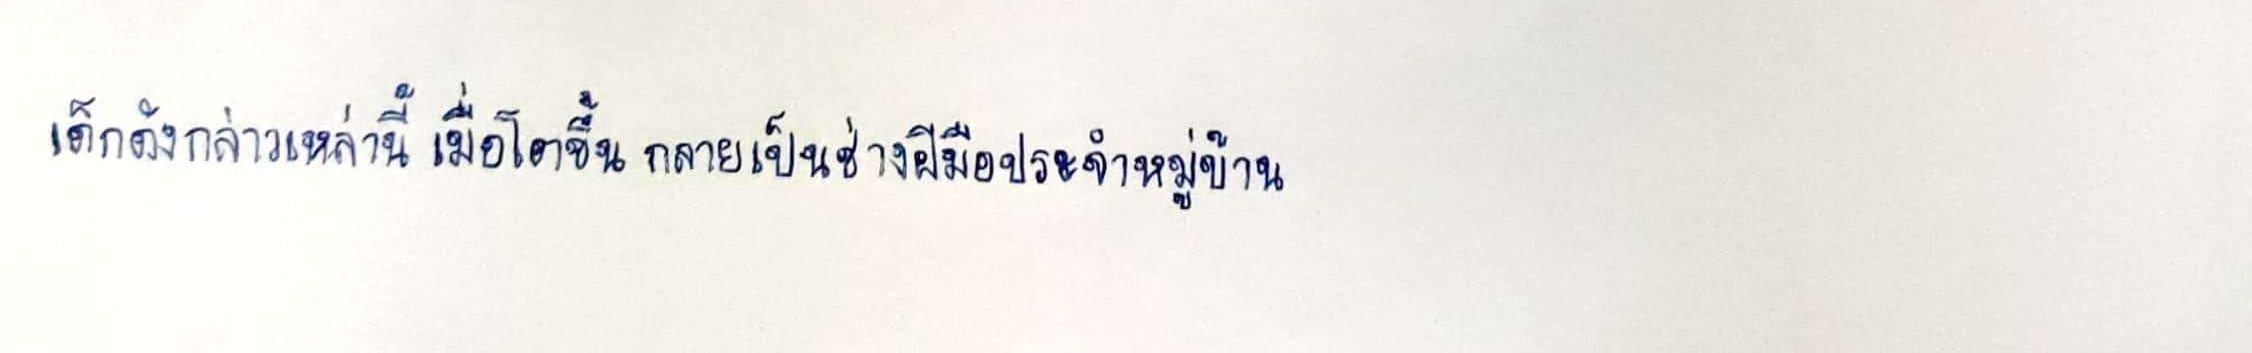
เด็กดังกล่าวเหล่านี้เมื่อโตขึ้นกลายเป็นช่างฝีมือประจำหมู่บ้าน